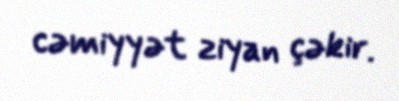
cəmiyyət ziyan çəkir.